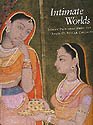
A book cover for Intimate Worlds: Indian Paintings from the Alvin O. Bellak Collection; Darielle Mason; Crafts, Hobbies & Home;